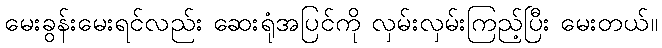
မေးခွန်းမေးရင်လည်း ဆေးရုံအပြင်ကို လှမ်းလှမ်းကြည့်ပြီး မေးတယ်။